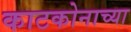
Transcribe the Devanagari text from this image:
काटकोनाच्या